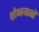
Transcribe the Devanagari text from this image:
शोभायानों